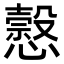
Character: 𢣯